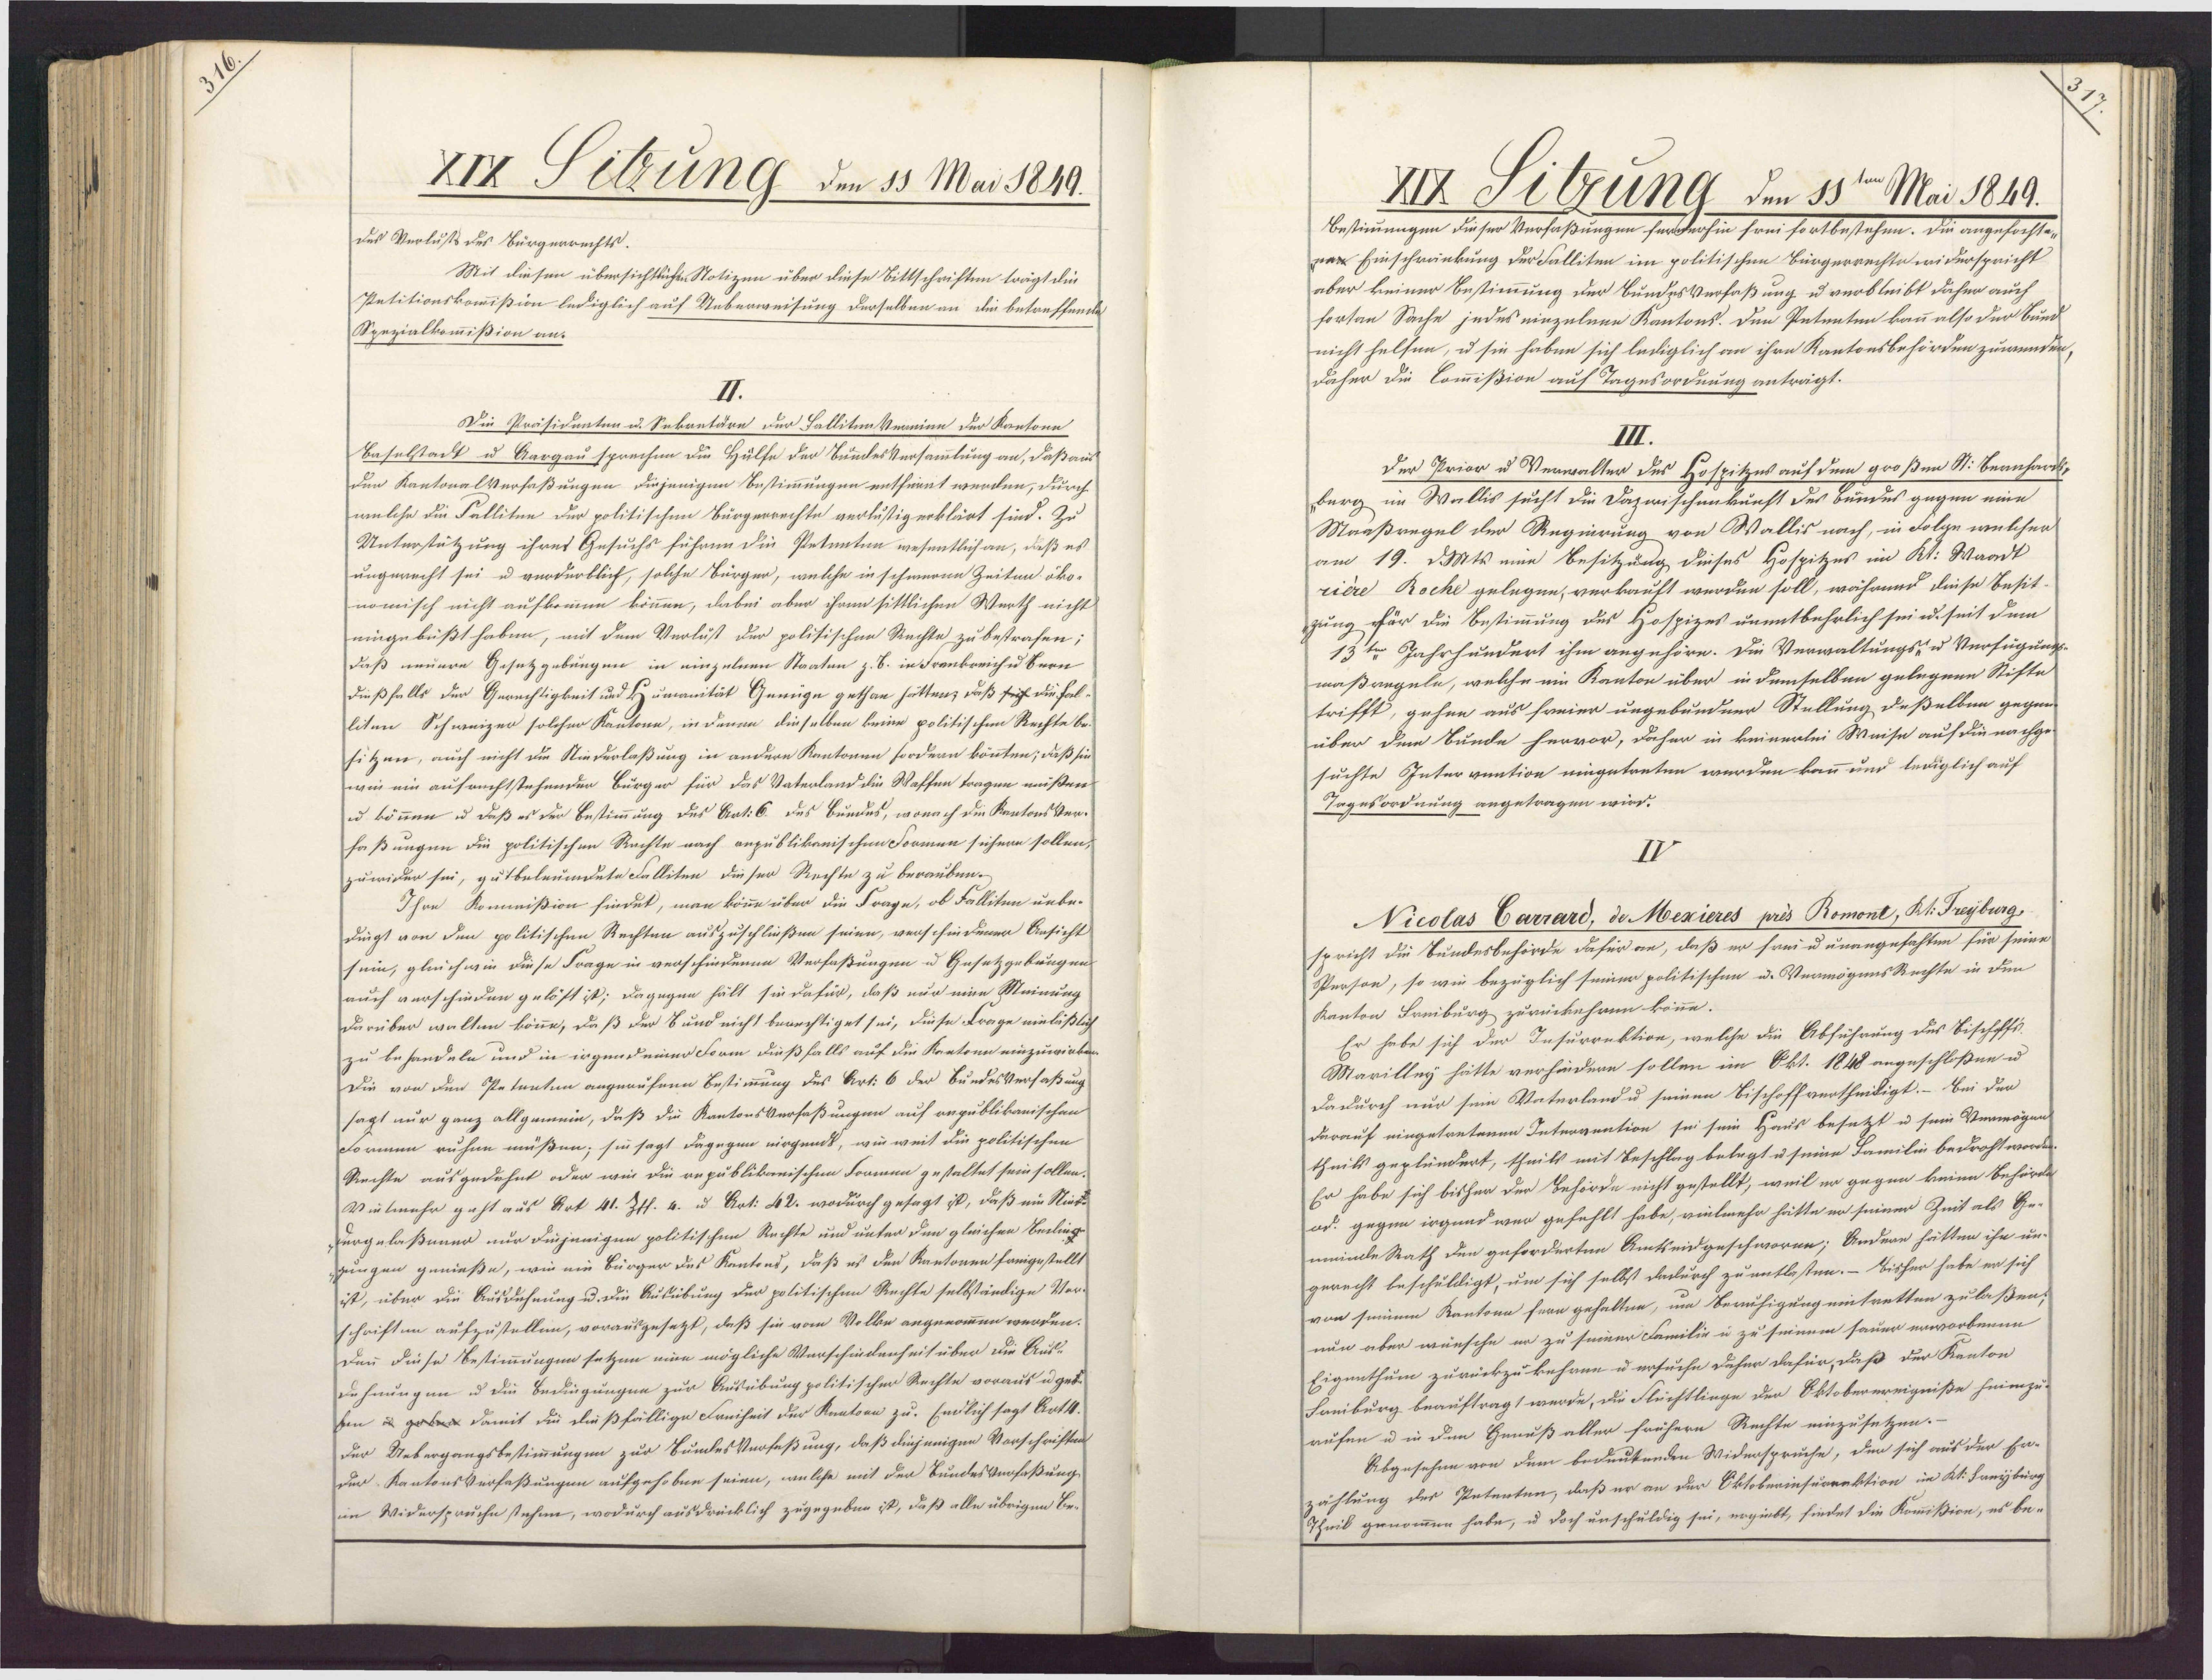
XIX Fitzung den 15 Mai 1849.
des Verlusts des Bürgerrechts.
Mit diesen übersichtlichen Notizen über diese Bittschriften trägt die
Petitionskommißion lediglich auf Ueberweisung derselben an die betreffende
Spezialkommißion an.
Die Präsidnaten u. Sekretäre der Sallitenkernien der Kantone
Baselstadt u Aargau sprechen die Hülfe der BundesVersammlung an, daß aus
den KantonalVerfaßungen diejenigen Bestimmungen entfernt werden, durch
welche die Falliten der politischen Bürgerrechte verlustig erklärt sind. Zu
Unterstützung ihres Gesuchs führen die Petenten wesentlich an, daß es
ungeracht sei u verderblich, solche Bürger, welche in schweren Zeiten öko¬
nomisch nicht aufkommen können, dabei aber ihren sittlichen Werth nicht
eingebüßt haben, mit dem Verlust der polisischen Rechte zu bestrafen,
daß neuere Gesetzgebungen in einzelnen Staaten z. B. in Frankreich u Bern
dießfalls der Gerechtigkeit und Humanität Genüge gethan hätten, daß sich die Fal¬
liten Schweizer solcher Kantone, in denen dieselben keine politischen Rechte be¬
sitzen, auch nicht dm Niederlaßung in andere Kantonen fordern könnten; daß sie
wie ein aufrechtstehender Bürger für das Vaterland die Waffen tragen müßen
u können u daß es der Bestimmung des Art: 6. des Bundes, wonach die KantonsVer¬
faßungen die politischen Rechte nach republikanischen Formen sichern sollen,
zuwider sei, gutbeleumdete Falliten dieser Rechte zu berauben.
Ihre Kommißion findet, man könne über die Frage, ob Falliten unbe¬
dingt von den politischen Rechten auszuschließen seien, verschiedener Ansicht
sein, gleichwie diese Frage in verschiedenen Verfaßungen u Gesetzgebungen
auch verschieden gelöft ist; dagegen hält sie dafür, daß nur eine Meinung
darüber walten könne, daß der 8und nicht berechtiget sei, diese Frage einläßlich
zu behandeln und in irgen deier Form dießfalls auf die Keatoen einzuwirken
Die von den Petanten angeaufene Bestimmung des Art: 6 der BundesVerfaßung
sagt nur ganz allgemein, daß die KantonsVerfaßungen auf republikanischen
Formen ruhen müßen; sie sagt dagegen nirgends, wie weit die politischen
Rechte ausgedehnt oder wee die republikanischen Formen gestaltet sein sollen.
Vielmehr geht aus Art 41. Zfl. 4. u Art: 42. wodurch gesagt ist, daß ein Niede
Dergelaßener nur dinjenigen politischen Rechte und unter den gleichen Bedlinge
ungen genieße, wie nin Bürger des Kentons, daß es den Kantonen freigestellt
ist, über die Ausdehnung u. die Ausübung der politischen Rechte selbständige Ver¬
schriften aufzustellen, vorausgesetzt, daß sie vom Volke angenommen werden.
Dann diese Bestimmungen setzen eine mögliche Verschindenheit über die Aus¬
Lehnungen u die Bedingungen zur Ausübung politischer Rechte voraus u gebe
Ein u gaben damit die dießfällige Freiheit der Reatoen zu. Endlich sagt Artk.
der Uebergangsbestimmungen zur BundesVerfeßung, daß diejenigen Vorschriften
Der KantonsVerfaßungen aufgehoben seien, welche mit der BundesVerfaßung
im Widerspruche stehen, wodurch ausdrücklich zugegeben ist, daß alle übrigen Be¬

XIX Sitzung den 15ten Mai 1849.
Bestimmungen dieser Verfaßungen ferderhin frei fortbestehen. Die angefochtet
per Einschränkung der Falliten im politischen Bürgerrechte widerspricht
aber keiner Bestimmung der BundesVerfaßung u verbleibt daher auch
fortan Sache jedes einzelnen Kantons. Den Petenten kann also der Bund
nicht helsen, u sie haben sich lediglich an ihre Kantonsbehörden zuwenden,
daher die Commißion auf Tagesordnung anträgt.
III.
Der Prior u Verwalter des Hospitzes auf dem großen St. Bernhardl.
berg im Wallis sucht die Dazwischenkunft des bundes gegen eine
Maaßregel der Regierung von Wallis nach, in Folge welcher
am 19. dMts eine Besitzung dieses Hospitzes im Kt: Waadt
rière Roche gelegen, verkauft werden soll, während diese Besit¬
zung ffür die Bestimmung des Hospizes unentbehrlich sei u. seit dem
13ten Jahrhundert ihm angehöre. Die Verwaltungs- u Verfügung-
maßregeln, welche ein Kanton über in demselben gelegene Stifte
trifft, gehen aus freier ungebundner Stellung deßelben gegen
über dem Bunde hervor, daher in keinerlei Weise auf die nachge-
suchte Interveation eingetreten werden kann und lediglich auf
Tagesordnung angetragen wird.
Nicolas Carrard, de Mexieres pris Romont, Kt. Freyburg
spricht die Bundesbehörde dafür an, daß er frei u unangefahten für seine
Person, so wie bezüglich seiner politischen u. VermögensRechte in den
Kanton Freiburg zurückehren könne.
Er habe sich der Insurrektion, welche die Abführung des Bischffs¬
Marilley hätte verhindern sollen im Okt. 1848 angeschloßen u.
Dadurch nur sein Vaterland u seinen Bischoffvertheiligt.- Bei der
darauf eingetretenen Introvention sei sein Haus besetzt u sein Verwögen
theils gepländert, theils mit Beschlag belegt u seine Familin bedroht worden.
Er habe sich bisher der Behörde nicht gestellt, weil er gegen keine Behörde
od. gegen irgend wer gefehlt habe, vielmehr hätte er seiner Zeit als Ge-
meinde Rath den geforderten Amtseidgeschworen; Andeae hätten ihn un¬
gerecht beschuldigt, um sich selbst dadurch zu entlasen. - Bisher habe er sich
von seinem Kantona fern gehalten, um Beruhigung eintretten zulaßen,
nun aber wünsche er zu seiner Familie u zu seinem sauer erworbenen
Eigenthum zurückzukehren u ersuche daher dafür, daß der Kanton
Saniburg beauftragt werde, die Flüchtlinge der Oktoberereigniße heimzu-
rufen u in den Genuß aller frühern Rechte einzusetzen.-
Abgesehen von dem beduukenden Widerspruche, den sich aus der Er-
zählung des Petenten, daß er an der Oktoberinsurrektion im Kt. Freyburg
Theil genommen habe, u doch unschuldig sei, ergiebt, findet die Kommißion, es be-